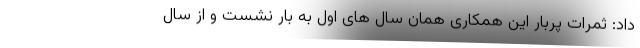
داد: ثمرات پربار این همکاری همان سال های اول به بار نشست و از سال